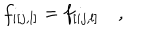
LaTeX: f _ { i [ j , l ] } = f _ { [ i j , l ] } \quad ,